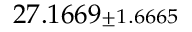
2 7 . 1 6 6 9 { \scriptstyle \pm 1 . 6 6 6 5 }